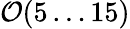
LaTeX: {\cal O}(5\ldots 15)